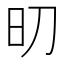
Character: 旫